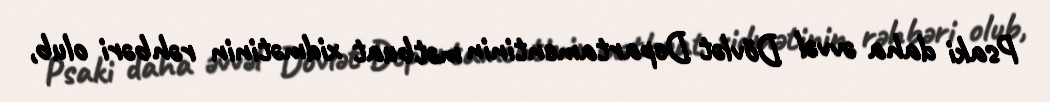
Psaki daha əvvəl Dövlət Departamentinin mətbuat xidmətinin rəhbəri olub,